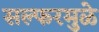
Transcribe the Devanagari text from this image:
सल्फरमुळे